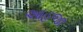
આહૂજા